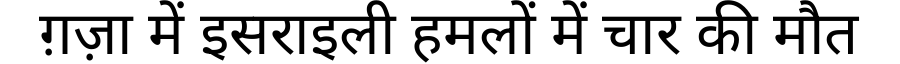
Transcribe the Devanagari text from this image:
ग़ज़ा में इसराइली हमलों में चार की मौत